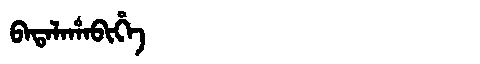
Manchu: ᠪᠠᡨᠠᠯᠠᡥᠠᠪᡳᡥᡝ
Romanization: BATALAHABIHE